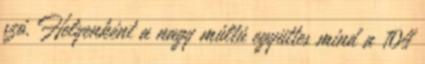
szó. Helyenként a nagy múltú együttes mind a 104